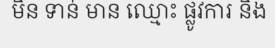
មិន ទាន់ មាន ឈ្មោះ ផ្លូវការ និង